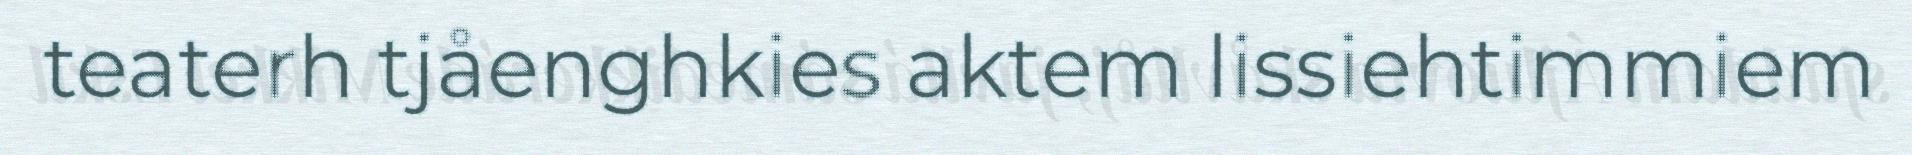
teaterh tjåenghkies aktem lissiehtimmiem